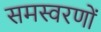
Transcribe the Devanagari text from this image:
समस्वरणों